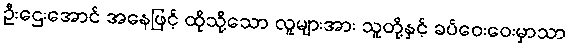
ဦးဌေးအောင် အနေဖြင့် ထိုသို့သော လူများအား သူတို့နှင့် ခပ်ဝေးဝေးမှာသာ